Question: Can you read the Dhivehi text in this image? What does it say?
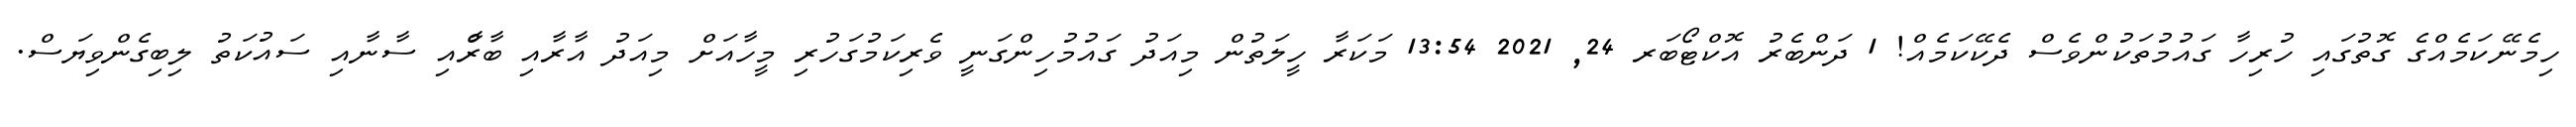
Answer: ހިމެނޭކަމެއްގެ ގޮތުގައި ހުރިހާ ގައުމުތަކުންވެސް ދެކޭކަމެއް! 1 ދަންބެރު އޮކްޓޯބަރ 24, 2021 13:54 މަކަރާ ހީލަތުން މިއަދު ގައުމުހިންގަނީ ވެރިކަމުގަހުރި މީހާއަށް މިއަދު އާރާއި ބާރާްއި ސާނާއި ސައުކަތު ލިބިގެންވިޔަސް.